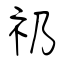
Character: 礽